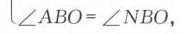
\(\angle ABO=\angle NBO,\)